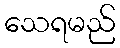
သေရမည်